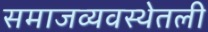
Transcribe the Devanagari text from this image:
समाजव्यवस्थेतली